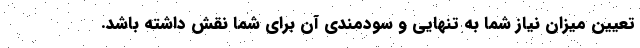
تعیینِ میزانِ نیاز شما به تنهایی و سودمندی آن برای شما نقش داشته باشد.